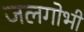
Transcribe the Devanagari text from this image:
जलगोभी